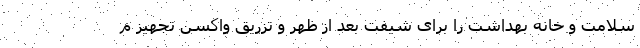
سلامت و خانه بهداشت را برای شیفت بعد از ظهر و تزریق واکسن تجهیز م